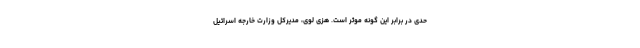
حدی در برابر این گونه موثر است. هزی لوی، مدیرکل وزارت خارجه اسرائیل